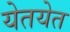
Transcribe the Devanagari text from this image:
येतयेत